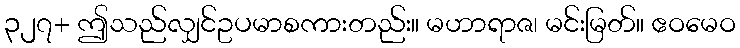
၃၂၇+ ဤသည်လျှင်ဥပမာစကားတည်း။ မဟာရာဇ၊ မင်းမြတ်။ ဧဝမေဝ